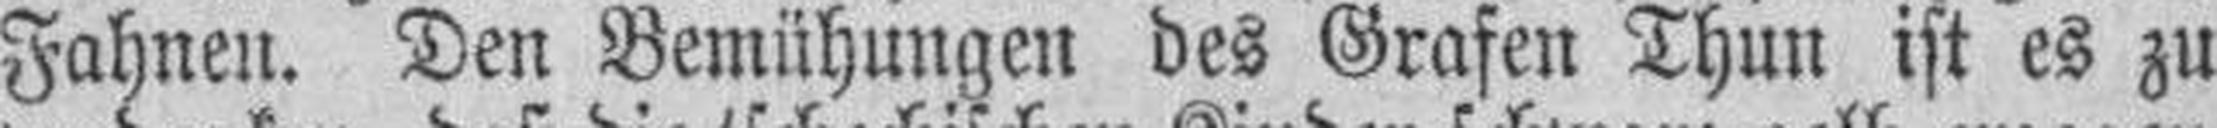
Fahnen. Den Bemühungen des Grafen Thun ist es zu